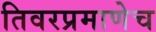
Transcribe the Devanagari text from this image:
तिवरप्रमाणेच